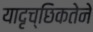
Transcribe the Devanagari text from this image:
यादृच्छिकतेने